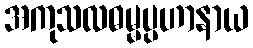
အကုသလဓမ္မပ္ပဟာနာယ